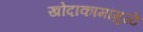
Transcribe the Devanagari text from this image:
खोदाकामांमुळे